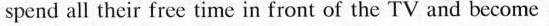
spend all their free time in front of the TV and become